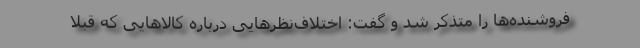
فروشنده‌ها را متذکر شد و گفت: اختلاف‌نظرهایی درباره کالاهایی که قبلاً